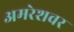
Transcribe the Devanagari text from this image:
अमरेशवर